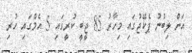
އަށް ލިބުނު ޕެކޭޖުގައި މިހާރު 85 ޖީބީ ކުރީގައި 5 އެމްގައި ހުރި